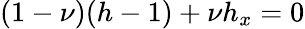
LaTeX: (1-\nu)(h-1)+\nu h_{x}=0